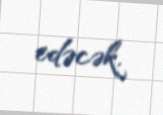
edəcək.